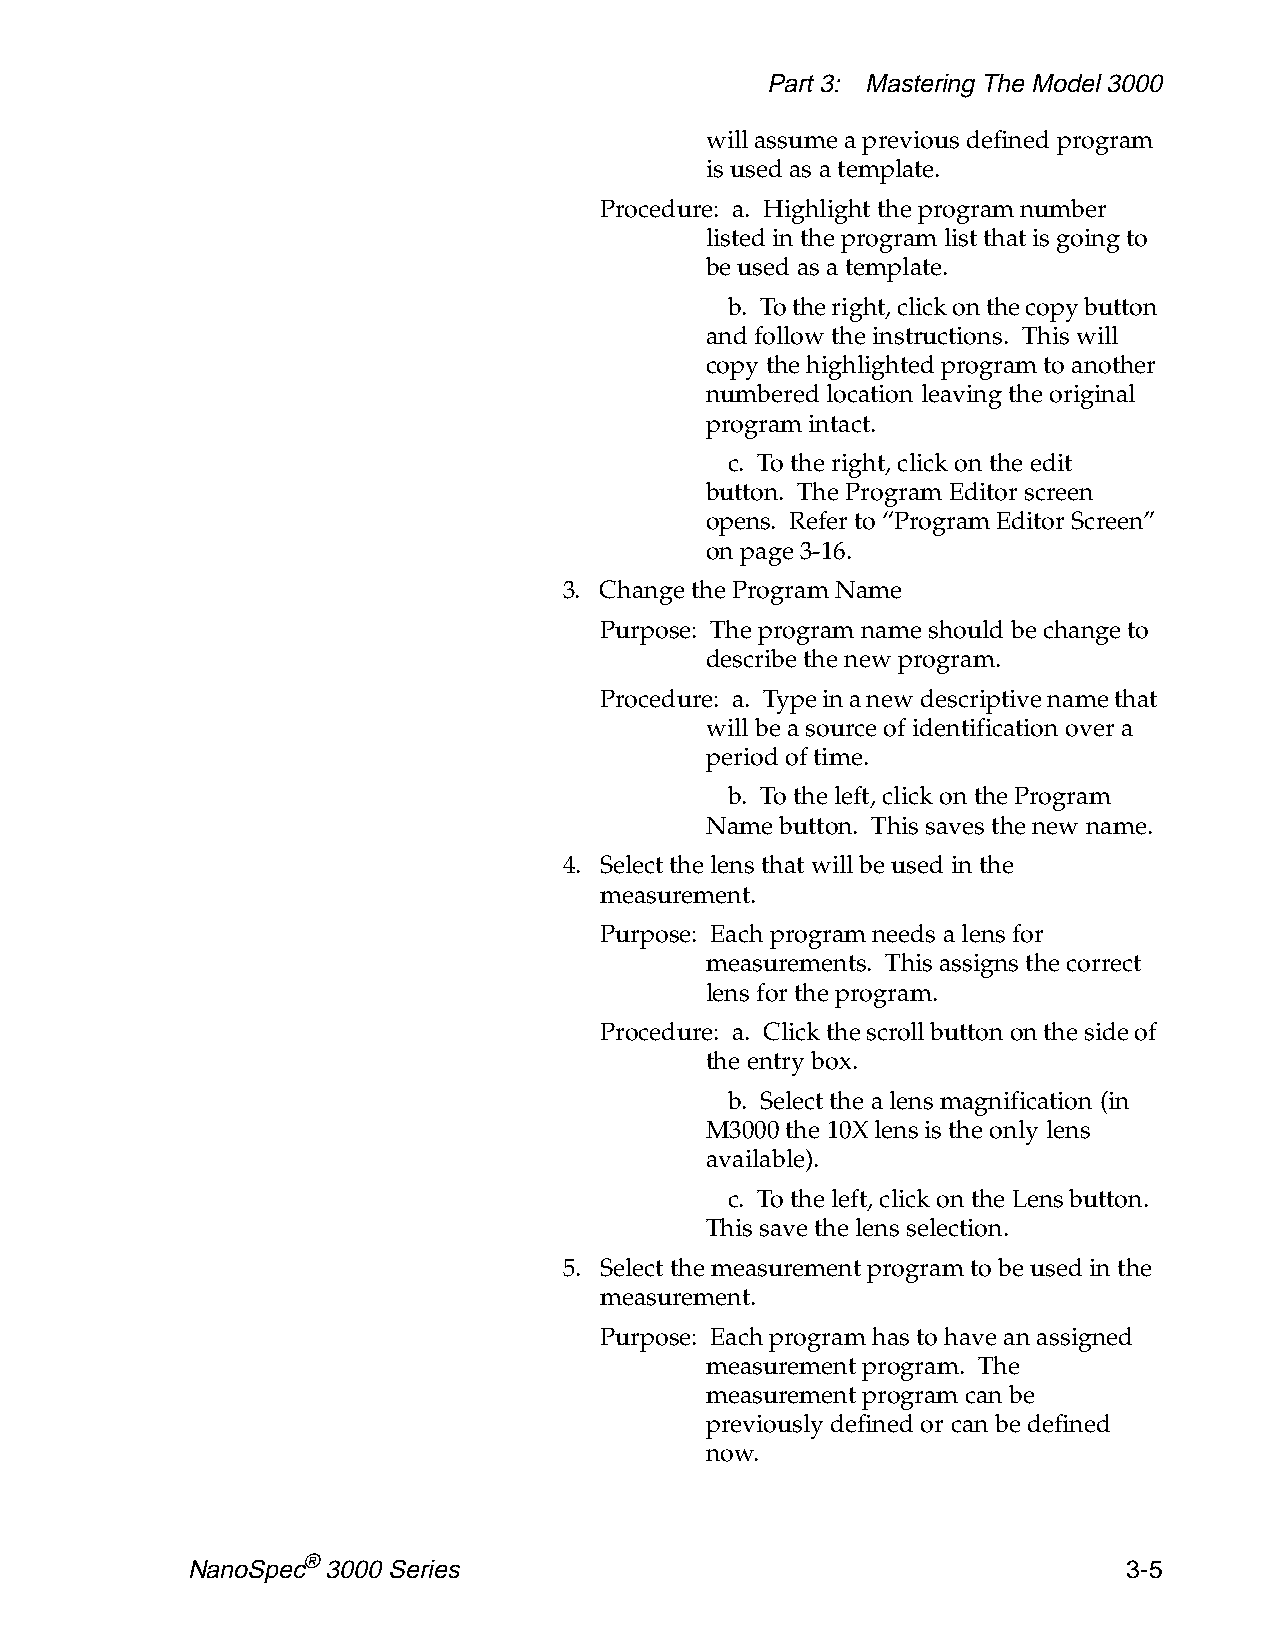
Part 3: Mastering The Model 3000
 will assume a previous defined program
 is used as a template.
 Procedure: a. Highlight the program number
 listed in the program list that is going to
 be used as a template.
 b. To the right, click on the copy button
 and follow the instructions. This will
 copy the highlighted program to another
 numbered location leaving the original
 program intact.
 c. To the right, click on the edit
 button. The Program Editor screen
 opens. Refer to “Program Editor Screen”
 on page 3-16.
 3. Change the Program Name
 Purpose: The program name should be change to
 describe the new program.
 Procedure: a. Type in a new descriptive name that
 will be a source of identification over a
 period of time.
 b. To the left, click on the Program
 Name button. This saves the new name.
 4. Select the lens that will be used in the
 measurement.
 Purpose: Each program needs a lens for
 measurements. This assigns the correct
 lens for the program.
 Procedure: a. Click the scroll button on the side of
 the entry box.
 b. Select the a lens magnification (in
 M3000 the 10X lens is the only lens
 available).
 c. To the left, click on the Lens button.
 This save the lens selection.
 5. Select the measurement program to be used in the
 measurement.
 Purpose: Each program has to have an assigned
 measurement program. The
 measurement program can be
 previously defined or can be defined
 now.
 NanoSpec® 3000 Series                                          3-5